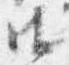
御